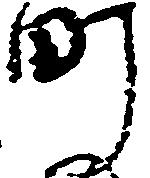
町